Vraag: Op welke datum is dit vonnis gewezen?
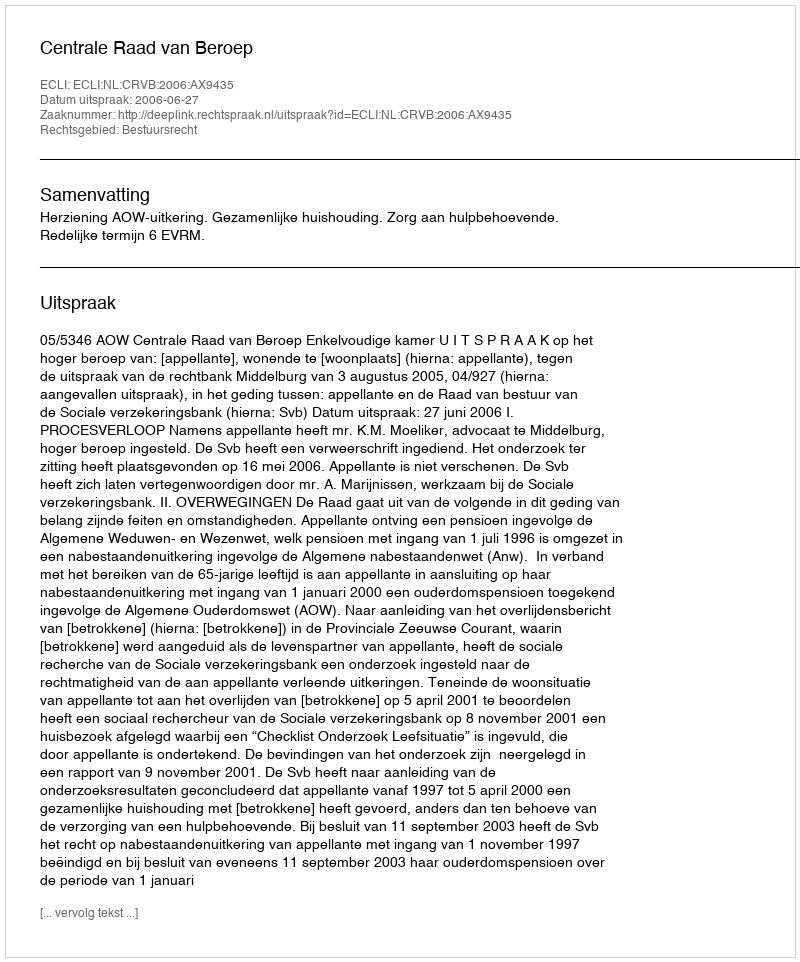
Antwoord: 2006-06-27